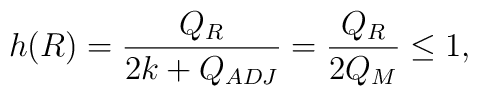
h(R) = \frac{Q_R}{2 k + Q_{ADJ}} =\frac{Q_R}{2 Q_M} \leq 1 ,